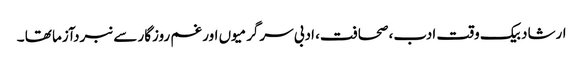
ارشاد بیک وقت ادب، صحافت، ادبی سرگرمیوں اور غم روزگار سے نبردآزما تھا ۔